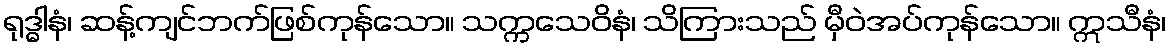
ရုဒ္ဓါနံ၊ ဆန့်ကျင်ဘက်ဖြစ်ကုန်သော။ သက္ကသေဝိနံ၊ သိကြားသည် မှီဝဲအပ်ကုန်သော။ ဣသီနံ၊